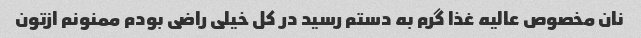
نان مخصوص عالیه غذا گرم به دستم رسید در کل خیلی راضی بودم ممنونم ازتون